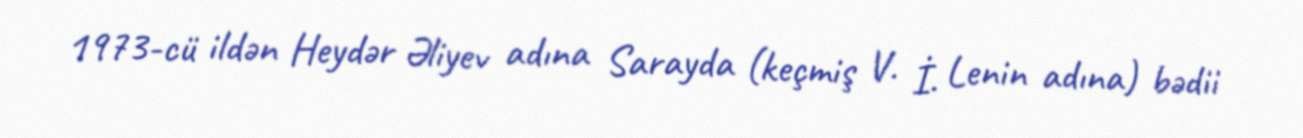
1973-cü ildən Heydər Əliyev adına Sarayda (keçmiş V. İ. Lenin adına) bədii